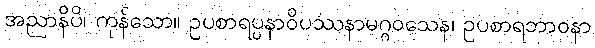
အညာနိပိ၊ ကုန်သော။ ဥပစာရပ္ပနာဝိပဿနာမဂ္ဂဝသေန၊ ဥပစာရဘာဝနာ